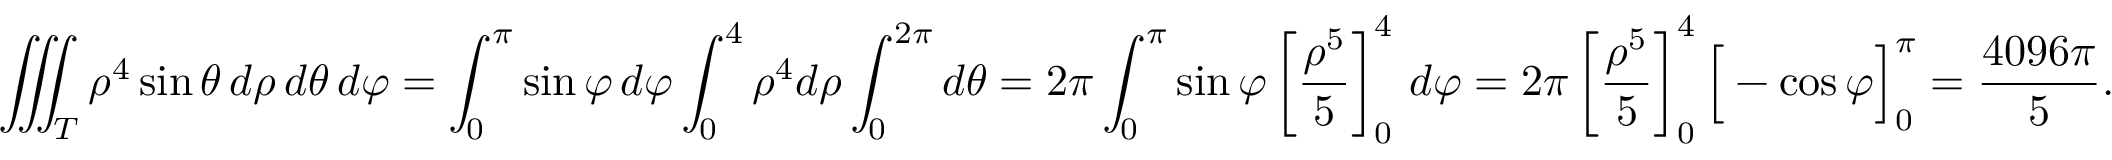
\iiint _ { T } \rho ^ { 4 } \sin \theta \, d \rho \, d \theta \, d \varphi = \int _ { 0 } ^ { \pi } \sin \varphi \, d \varphi \int _ { 0 } ^ { 4 } \rho ^ { 4 } d \rho \int _ { 0 } ^ { 2 \pi } d \theta = 2 \pi \int _ { 0 } ^ { \pi } \sin \varphi \left[ { \frac { \rho ^ { 5 } } { 5 } } \right] _ { 0 } ^ { 4 } \, d \varphi = 2 \pi \left[ { \frac { \rho ^ { 5 } } { 5 } } \right] _ { 0 } ^ { 4 } { \Big [ } - \cos \varphi { \Big ] } _ { 0 } ^ { \pi } = { \frac { 4 0 9 6 \pi } { 5 } } .